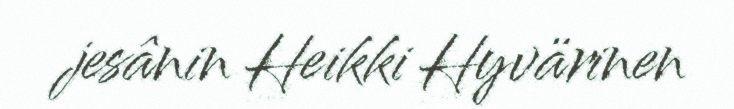
jesânin Heikki Hyvärinen